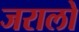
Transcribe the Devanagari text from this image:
जरालो